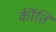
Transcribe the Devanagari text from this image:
र्कीति